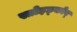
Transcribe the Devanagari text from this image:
स्तोइछ्कोव्